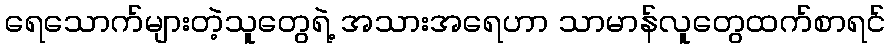
ရေသောက်များတဲ့သူတွေရဲ့ အသားအရေဟာ သာမာန်လူတွေထက်စာရင်